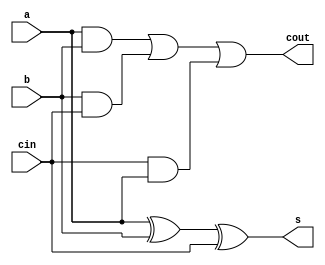
module fa(a, b, cin, s, cout);
    input a, b, cin;
    output s, cout;
    reg s, cout;

always @(a or b or cin) begin
    s = a ^ b ^ cin;
    cout = (a & b) | (b & cin) | (cin & a);
end
endmodule